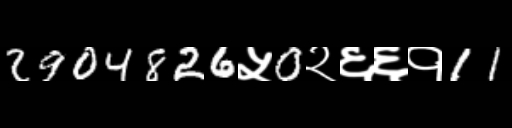
Text: 2904826५0२६६१11